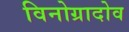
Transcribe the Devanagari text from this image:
विनोग्रादोव